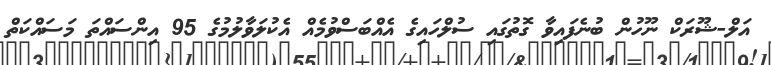
އަލް-ޝޫރަކް ނޫހުން ބުނެފައިވާ ގޮތުގައި ސުލްހައިގެ އެއްބަސްވުމެއް އެކުލަވާލުމުގެ 95 އިންސައްތަ މަސައްކަތް